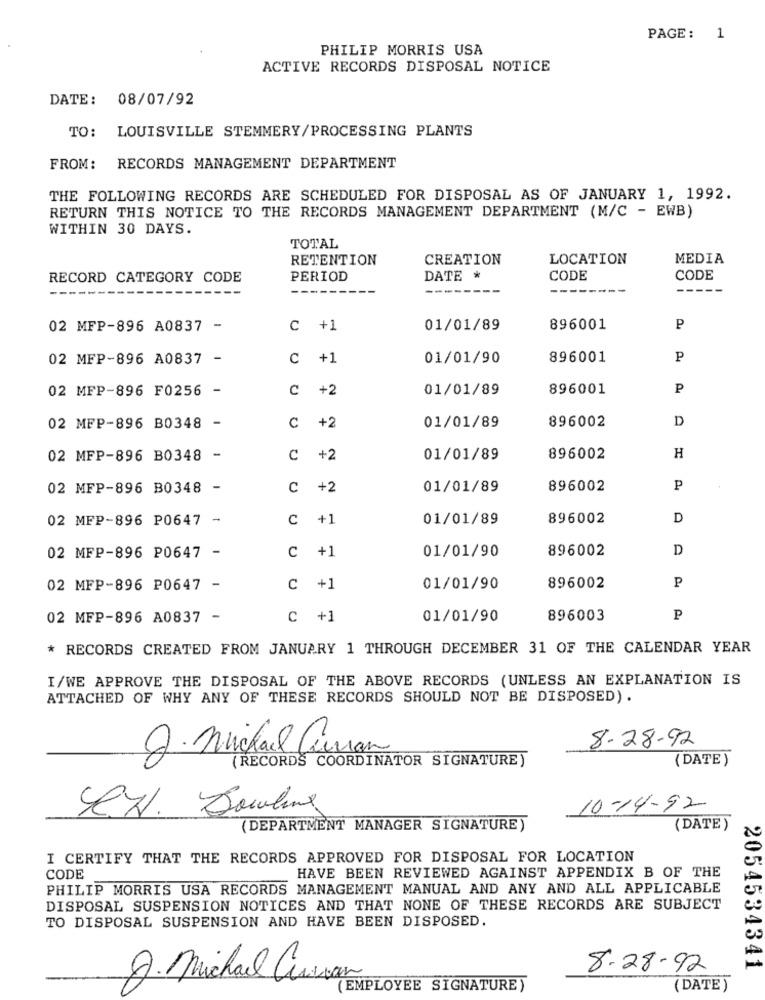
PAGE: 1
PHILIP MORRIS USA
ACTIVE RECORDS DISPOSAL NOTICE
DATE: 08/07/92
TO: LOUISVILLE STEMMERY/PROCESSING PLANTS
FROM: RECORDS MANAGEMENT DEPARTMENT
THE FOLLOWING RECORDS ARE SCHEDULED FOR DISPOSAL AS OF JANUARY 1, 1992.
RETURN THIS NOTICE TO THE RECORDS MANAGEMENT DEPARTMENT (M/C - EWB)
WITHIN 30 DAYS.
TOTAL
RETENTION
CREATION
LOCATION
MEDIA
RECORD CATEGORY CODE
PERIOD
DATE *
CODE
CODE
--
02 MFP-896 A0837 -
C +1
01/01/89
896001
P
02 MFP-896 A0837 -
C +1
01/01/90
896001
P
02 MFP-896 F0256 -
C
+2
01/01/89
896001
P
D
02 MFP-896 B0348 -
C
+2
01/01/89
896002
02 MFP-896 B0348 -
C +2
01/01/89
896002
H
02 MFP-896 B0348 -
C
+2
01/01/89
896002
P
02 MFP-896 P0647 -
C
+1
01/01/89
896002
D
02 MFP-896 PO647 -
C
+1
01/01/90
896002
D
02 MFP-896 P0647 -
C +1
01/01/90
896002
P
02 MFP-896 A0837 -
C +1
01/01/90
896003
P
* RECORDS CREATED FROM JANUARY 1 THROUGH DECEMBER 31 OF THE CALENDAR YEAR
I/WE APPROVE THE DISPOSAL OF THE ABOVE RECORDS (UNLESS AN EXPLANATION IS
ATTACHED OF WHY ANY OF THESE RECORDS SHOULD NOT BE DISPOSED).
2.michael Cu
8-28-92
(RECORDS COORDINATOR SIGNATURE)
( DATE)
R.H. Bowling
10-14-92
(DEPARTMENT MANAGER SIGNATURE)
(DATE)
I CERTIFY THAT THE RECORDS APPROVED FOR DISPOSAL FOR LOCATION
HAVE BEEN REVIEWED AGAINST APPENDIX B OF THE
CODE
PHILIP MORRIS USA RECORDS MANAGEMENT MANUAL AND ANY AND ALL APPLICABLE
DISPOSAL SUSPENSION NOTICES AND THAT NONE OF THESE RECORDS ARE SUBJECT
TO DISPOSAL SUSPENSION AND HAVE BEEN DISPOSED.
8.28.92
2054534341
J. Michael Curran
EMPLOYEE SIGNATURE)
(DATE)